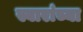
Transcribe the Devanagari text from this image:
स्वारांच्या